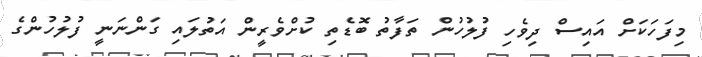
މިފަހަކަށް އައިސް ދިވެހި ފުލުހުން ތަފާތު ބޮޑެތި ކުށްވެރީން އަތުލައި ގަންނަނީ ފުލުހުންގެ